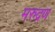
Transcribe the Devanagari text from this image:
मरुद्रण